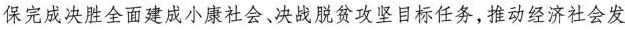
保完成决胜全面建成小康社会、决战脱贫攻坚目标任务，推动经济社会发